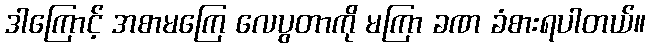
ဒါကြောင့် အစာမကြေ လေပွတာကို မကြာ ခဏ ခံစားရပါတယ်။